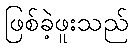
ဖြစ်ခဲ့ဖူးသည်